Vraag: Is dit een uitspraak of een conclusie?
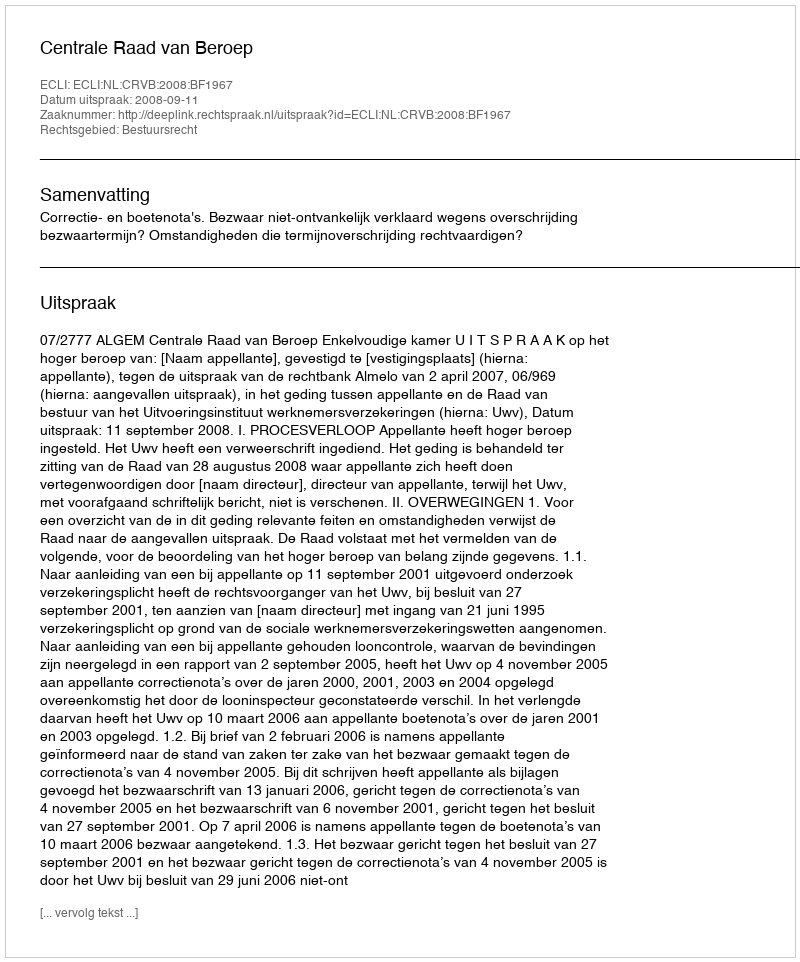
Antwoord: Uitspraak